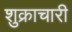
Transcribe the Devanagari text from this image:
शुक्राचारी